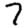
Digit: 7